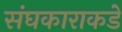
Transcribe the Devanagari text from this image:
संघकाराकडे